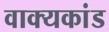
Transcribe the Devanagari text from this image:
वाक्यकांड